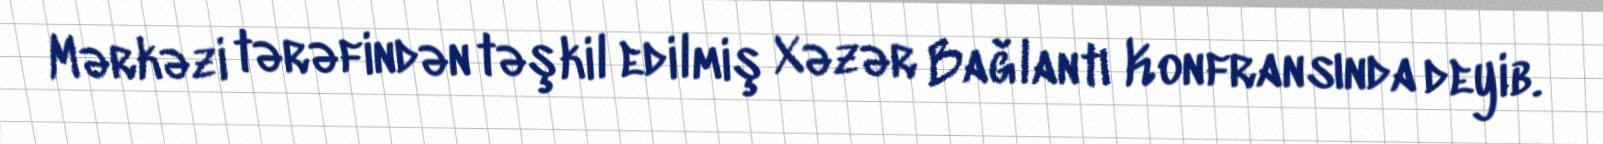
Mərkəzi tərəfindən təşkil edilmiş Xəzər Bağlantı Konfransında deyib.